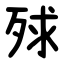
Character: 殏